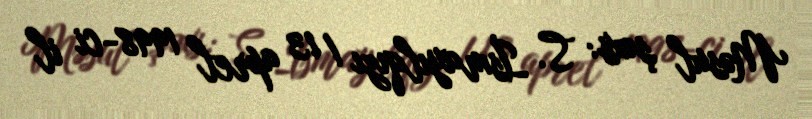
Məsul şəxs: S. İsmayılqızı / 13 aprel 1998-ci il